Annual report on the Civil Veterinary Department, Burma (including the Insein Veterinary School) - 1932-1941
Year: 1932
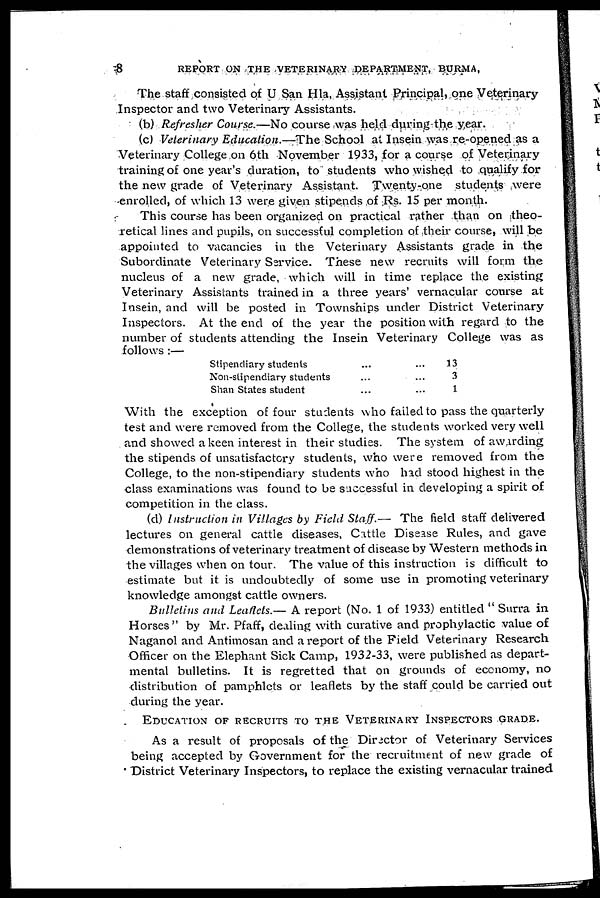
8
REPORT ON THE VETERINARY DEPARTMENT, BURMA,
The staff consisted of U San Hla, Assistant Principal, one Veterinary
Inspector and two Veterinary Assistants.
(b) Refresher Course.—No course was held during the year.
(c) Veterinary Education.—The School at Insein was re-opened as a
Veterinary College on 6th November 1933, for a course of Veterinary
training of one year's duration, to students who wished to qualify for
the new grade of Veterinary Assistant. Twenty-one students were
enrolled, of which 13 were given stipends of Rs. 15 per month.
This course has been organized on practical rather than on theo-
retical lines and pupils, on successful completion of their course, will be
appointed to vacancies in the Veterinary Assistants grade in the
Subordinate Veterinary Service. These new recruits will form the
nucleus of a new grade, which will in time replace the existing
Veterinary Assistants trained in a three years' vernacular course at
Insein, and will be posted in Townsnips under District Veterinary
Inspectors. At the end of the year the position with regard to the
number of students attending the Insein Veterinary College was as
follows :—
Stipendiary students
Non-stipendiary students
Shan States student
...
...
...
...
...
...
33
3
1
With the exception of four students who failed to pass the quarterly
test and were removed from the College, the students worked very well
and showed a keen interest in their studies. The system of awarding
the stipends of unsatisfactory students, who were removed from the
College, to the non-stipendiary students who had stood highest in the
class examinations was found to be successful in developing a spirit of
competition in the class.
(d) Instruction in Villages by Field Staff.— The field staff delivered
lectures on general cattle diseases, Cattle Disease Rules, and gave
demonstrations of veterinary treatment of disease by Western methods in
the villages when on tour. The value of this instruction is difficult to
estimate but it is undoubtedly of some use in promoting veterinary
knowledge amongst cattle owners.
Bulletins and Leaflets.— A report (No. 1 of 1933) entitled " Surra in
Horses" by Mr. Pfaff, dealing with curative and prophylactic value of
Naganol and Antimosan and a report of the Field Veterinary Research
Officer on the Elephant Sick Camp, 1932-33, were published as depart-
mental bulletins. It is regretted that on grounds of economy, no
distribution of pamphlets or leaflets by the staff could be carried out
during the year.
EDUCATION OF RECRUITS TO THE VETERINARY INSPECTORS GRADE.
As a result of proposals of the Director of Veterinary Services
being accepted by Government for the recruitment of new grade of
District Veterinary Inspectors, to replace the existing vernacular trained